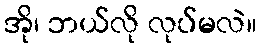
အို၊ ဘယ်လို လုပ်မလဲ။